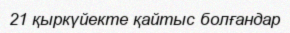
21 қыркүйекте қайтыс болғандар